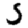
Digit: 5